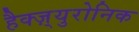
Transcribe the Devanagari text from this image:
हैक्ज़्युरोनिक